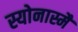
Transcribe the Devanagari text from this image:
स्योनास्मै